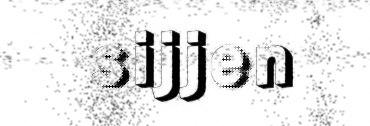
sijjen